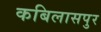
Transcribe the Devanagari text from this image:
कबिलासपुर